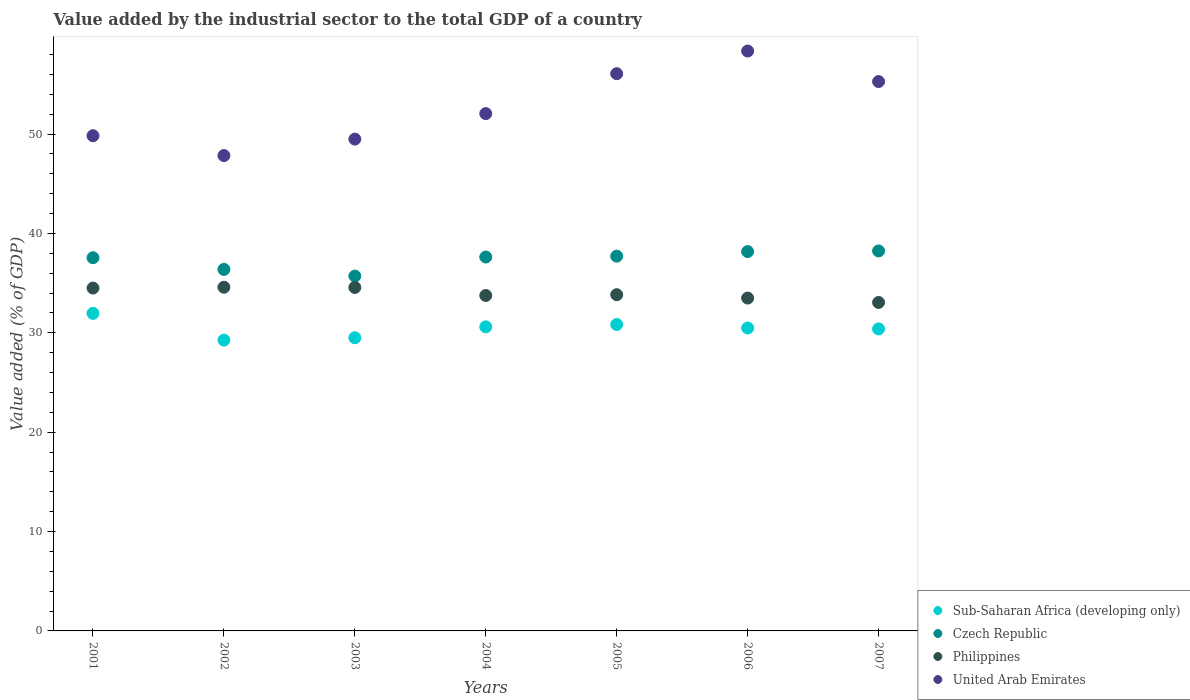
| Years | Sub-Saharan Africa (developing only) | Czech Republic | Philippines | United Arab Emirates |
 | --- | --- | --- | --- | --- |
 | 2001 | 32 | 37.6 | 34.5 | 49.8 |
 | 2002 | 29.3 | 36.4 | 34.6 | 47.8 |
 | 2003 | 29.5 | 35.7 | 34.6 | 49.5 |
 | 2004 | 30.6 | 37.6 | 33.8 | 52.1 |
 | 2005 | 30.8 | 37.7 | 33.8 | 56.1 |
 | 2006 | 30.5 | 38.2 | 33.5 | 58.4 |
 | 2007 | 30.4 | 38.2 | 33.1 | 55.3 |